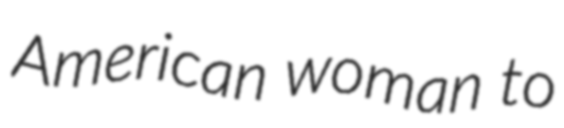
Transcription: American woman to